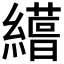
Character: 𮉊